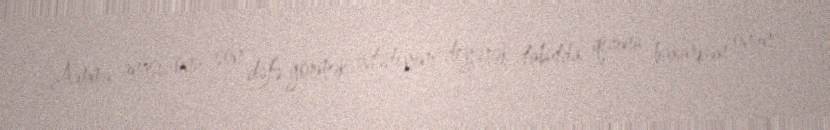
Amma anası onu son dəfə görmək istədiyini deyərək tabutda qızına baxarkən onun